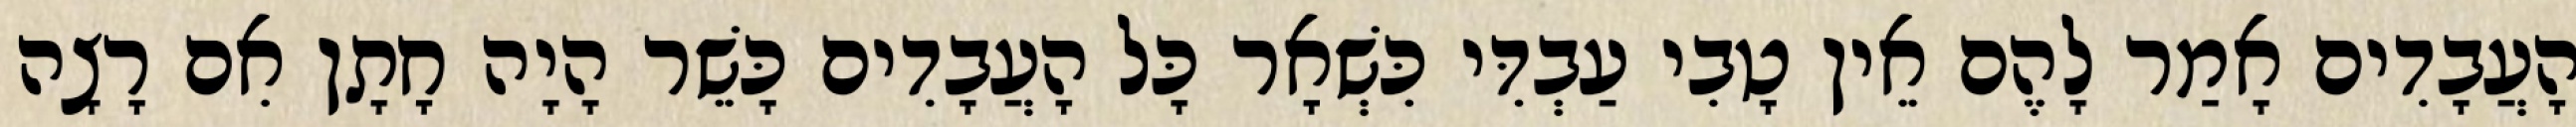
הָעֲבָדִים אָמַר לָהֶם אֵין טָבִי עַבְדִּי כִּשְׁאָר כָּל הָעֲבָדִים כָּשֵׁר הָיָה חָתָן אִם רָצָה